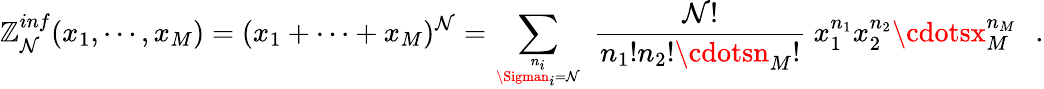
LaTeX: \mathbb{Z}_{\mathcal{N}}^{inf}(x_{1},\cdots,x_{M})=(x_{1}+\cdots+x_{M})^{\mathcal{N}}=\sum_{{n_{i}}\atop{\Sigman_{i}=\mathcal{N}}}~{\frac{{\mathcal{N}!}}{{n_{1}!n_{2}!\cdotsn_{M}!}}}~x_{1}^{n_{1}}x_{2}^{n_{2}}\cdotsx_{M}^{n_{M}}\, \, \, \, .